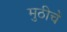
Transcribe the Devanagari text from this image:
मुठीचें